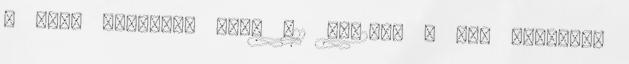
- zöld Szemetes kuka G21 GA-240L - kék Szemetes